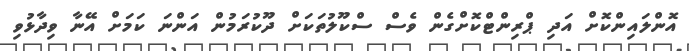
އޮންލައިންކޮށް އަދި ޕްރިންޓްކޮށްގެން ވެސް ސްކޫލުތަކަށް ދޫކުރަމުން އަންނަ ކަމަށް އޭނާ ވިދާޅުވި